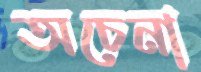
অচেনা